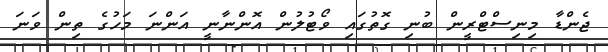
ޖެންޑާ މިނިސްޓްރީން ބުނި ގޮތުގައި ވޯޓުލުން އޮންނާނީ އަންނަ މަހުގެ ތިން ވަނަ